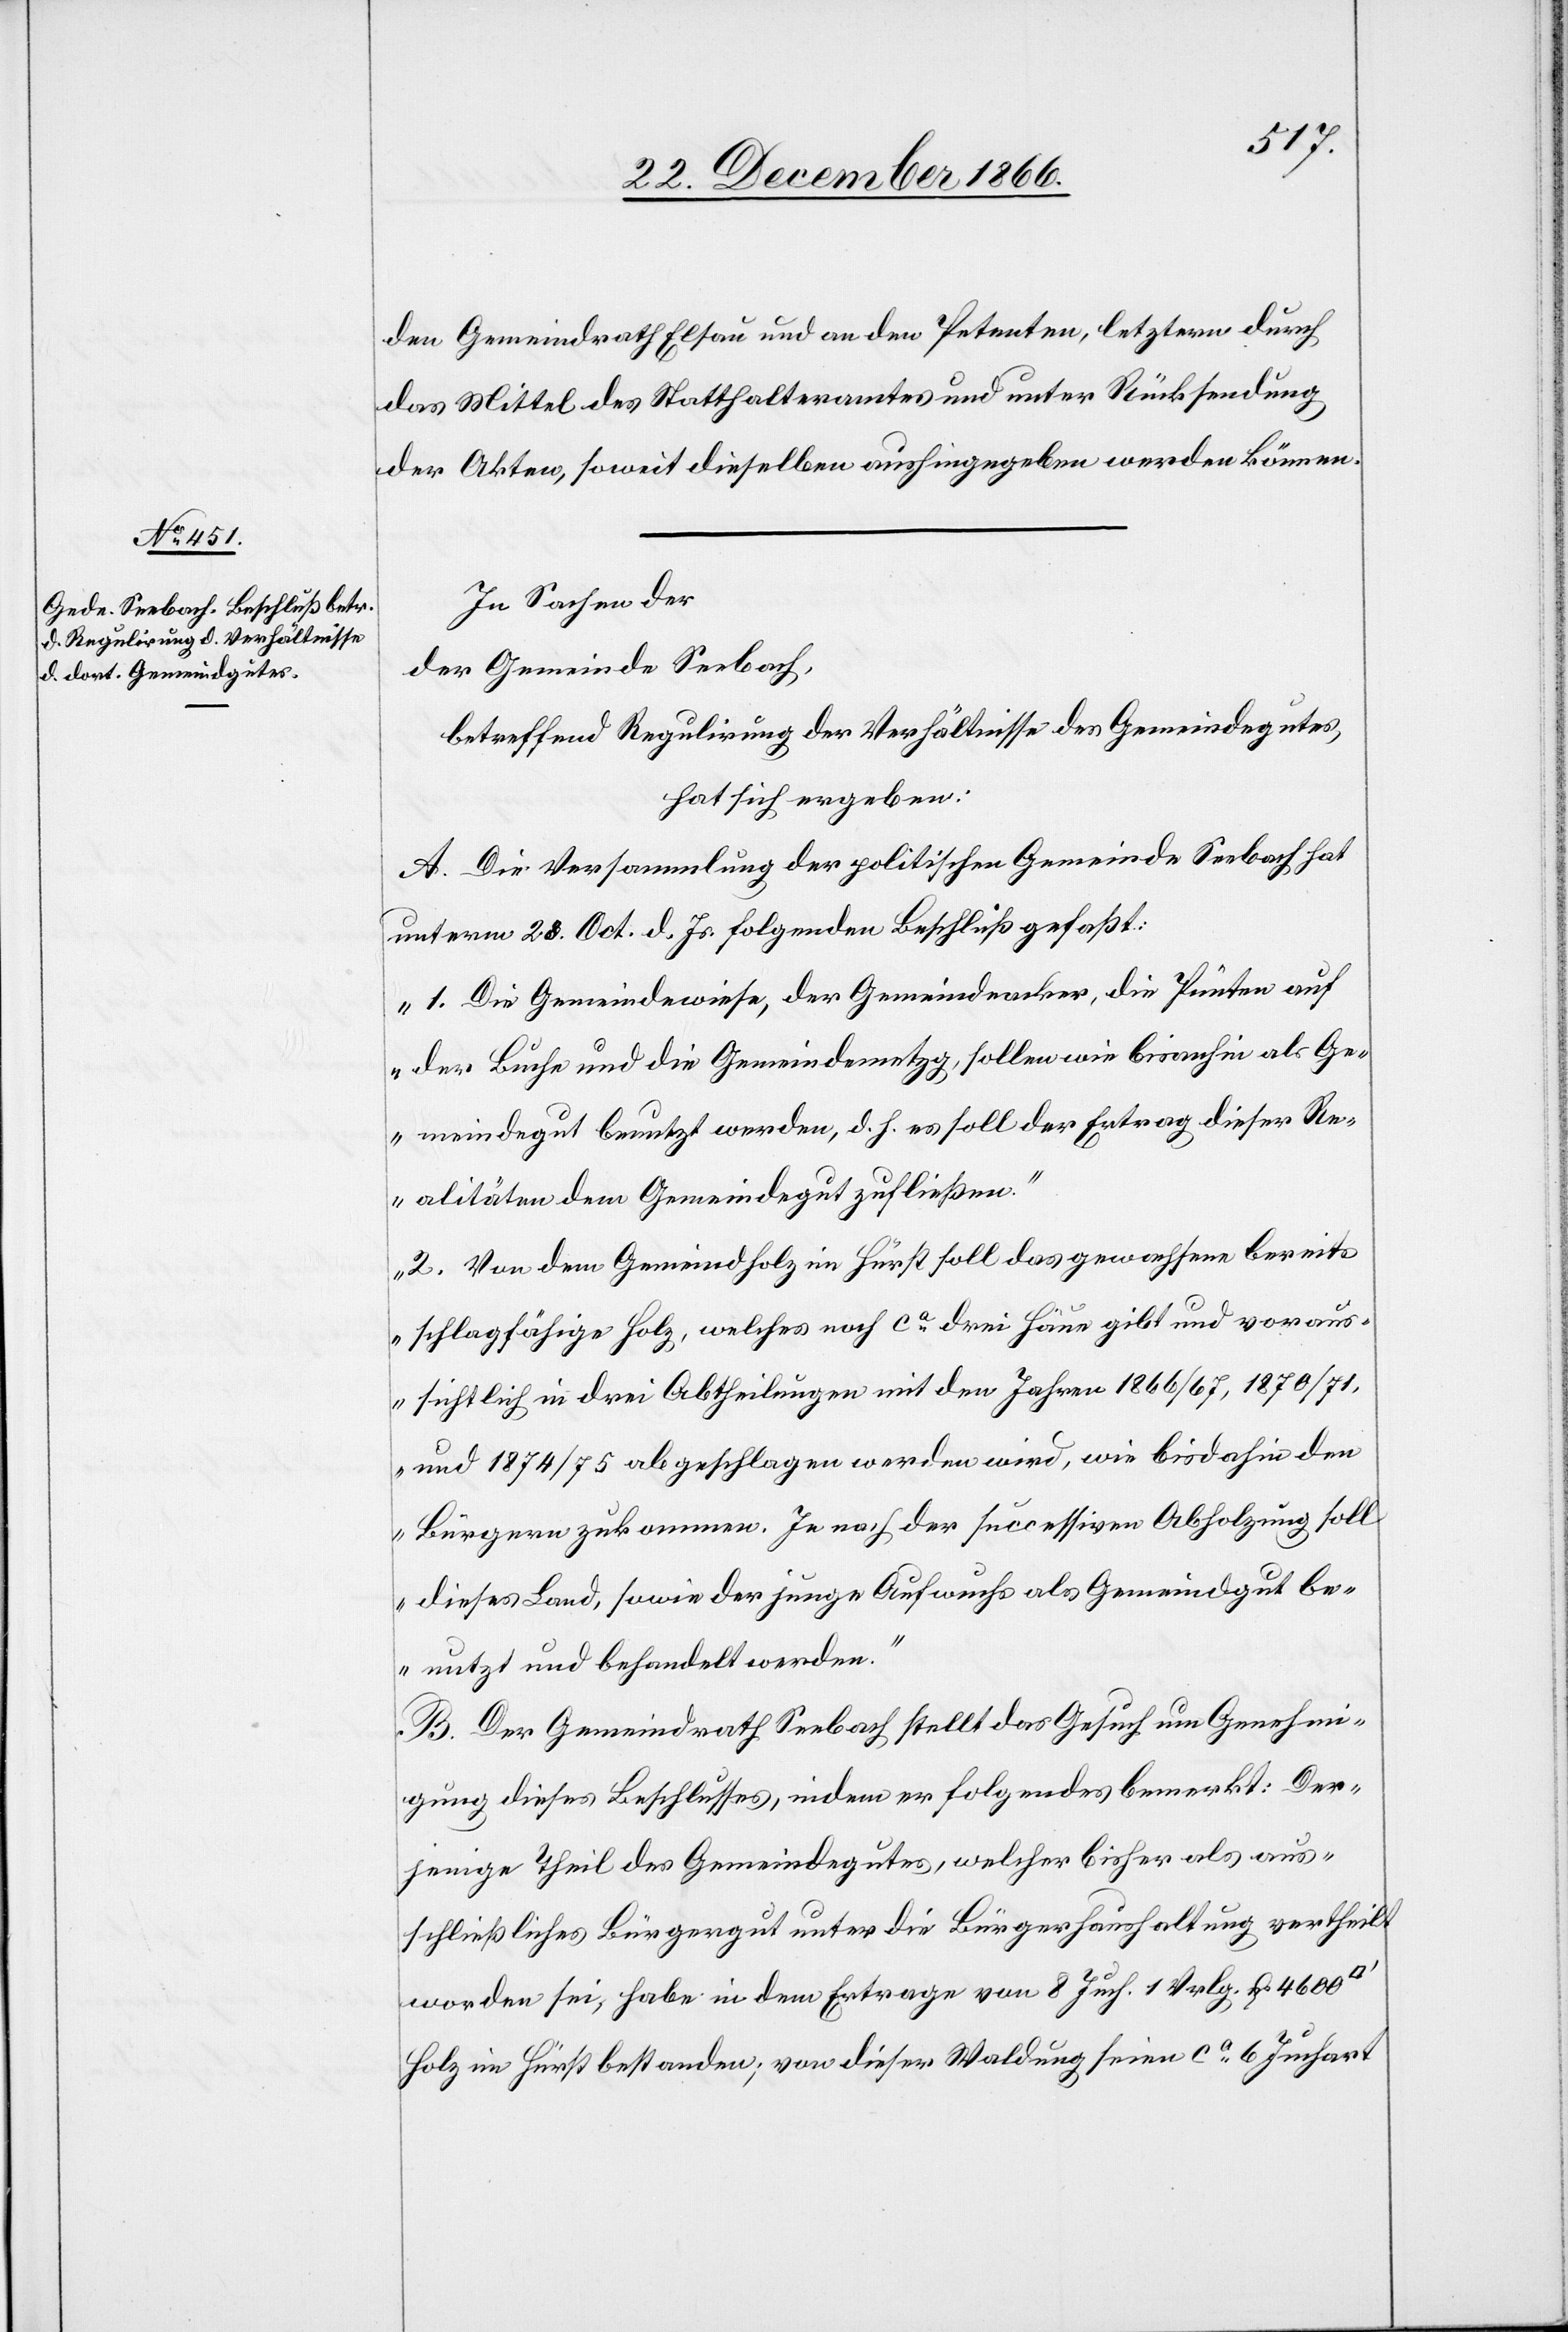
den Gemeindrath Elsau und an den Petenten, letztern durch
das Mittel des Statthalteramtes und unter Rücksendung
der Akten, soweit dieselben aushingegeben werden können.
In Sachen der
Gemeinde Seebach,
betreffend Regulirung der Verhältnisse des Gemeindegutes,
hat sich ergeben:
A. Die Versammlung der politischen Gemeinde Seebach hat
unterm 23. Oct. d. Js. folgenden Beschluß gefaßt:
„1. Die Gemeindewiese, der Gemeindeacker, die Pünten auf
der Buche und die Gemeindemetzg, sollen wie bisanhin als Ge¬
meindegut benutzt werden, d. h. es soll der Ertrag dieser Re¬
alitäten dem Gemeindegut zufließen.
2. Von dem Gemeindholz im Hürst soll das gewachsene bereits
schlagfähige Holz, welches noch ca. drei Häun gibt und voraus¬
sichtlich in drei Abtheilungen mit den Jahren 1866/67, 1870/71
und 1874/75 abgeschlagen werden wird, wie bisdahin den
Bürgern zukommen. Je nach der successiven Abholzung soll
dieses Land, sowie der junge Aufwuchs als Gemeindgut be¬
nutzt und behandelt werden.
B. Der Gemeindrath Seebach stellt das Gesuch um Genehmi¬
gung dieses Beschlusses, indem er folgendes bemerkt: Der¬
jenige Theil des Gemeindegutes, welcher bisher als aus¬
schließliches Bürgergut unter die Bürgerhaushaltung vertheilt
worden sei, habe in dem Ertrage von 8. Juch. 1 Vrlg. u. 4600
Holz im Hürst bestanden; von dieser Waldung seien ca. 6 Juchart